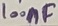
Text: 100nF